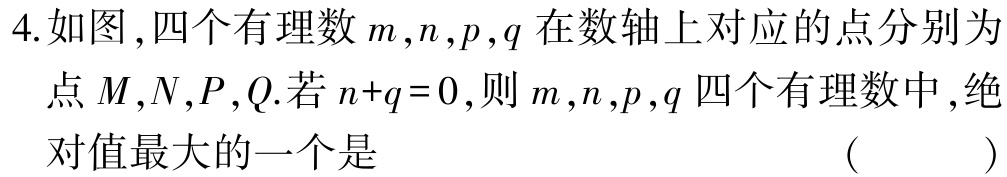
4.如图，四个有理数\(m,n,p,q\)在数轴上对应的点分别为点\(M,N,P,Q\).若\(n + q = 0\)，则\(m,n,p,q\)四个有理数中，绝对值最大的一个是 （  ）